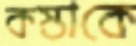
কস্তাকে